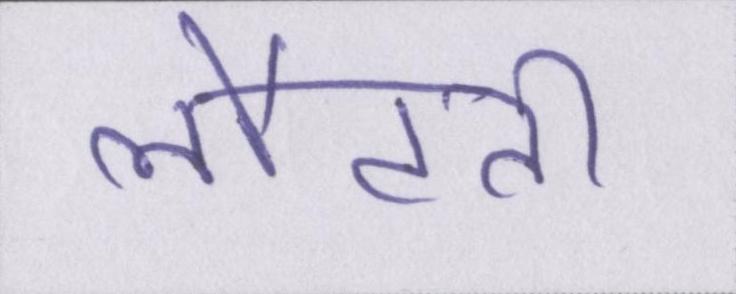
लौटती